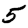
Digit: 5